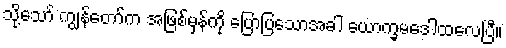
သို့သော် ကျွန်တော်က အဖြစ်မှန်ကို ပြောပြသောအခါ ယောက္ခမဒေါထလေပြီ။